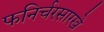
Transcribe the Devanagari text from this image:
फनिर्चरसारखे